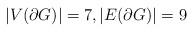
LaTeX: \begin{align*}|V(\partial G)| = 7, |E(\partial G)| = 9\end{align*}